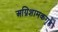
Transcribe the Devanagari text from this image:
अग्निशामकगृह